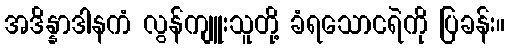
အဒိန္နာဒါနကံ လွန်ကျူးသူတို့ ခံရသောငရဲကို ပြခန်း။